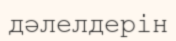
дәлелдерін